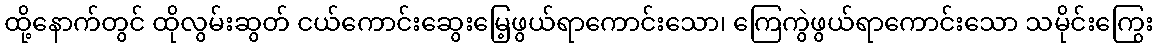
ထို့နောက်တွင် ထိုလွမ်းဆွတ် ငယ်ကောင်းဆွေးမြေ့ဖွယ်ရာကောင်းသော၊ ကြေကွဲဖွယ်ရာကောင်းသော သမိုင်းကြွေး